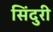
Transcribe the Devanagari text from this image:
सिंदुरी